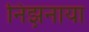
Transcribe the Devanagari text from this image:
निझ़नाया